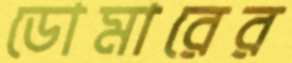
ডোমারের